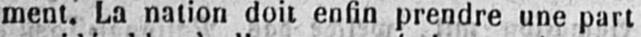
ment. La nation doit enfin prendre une part